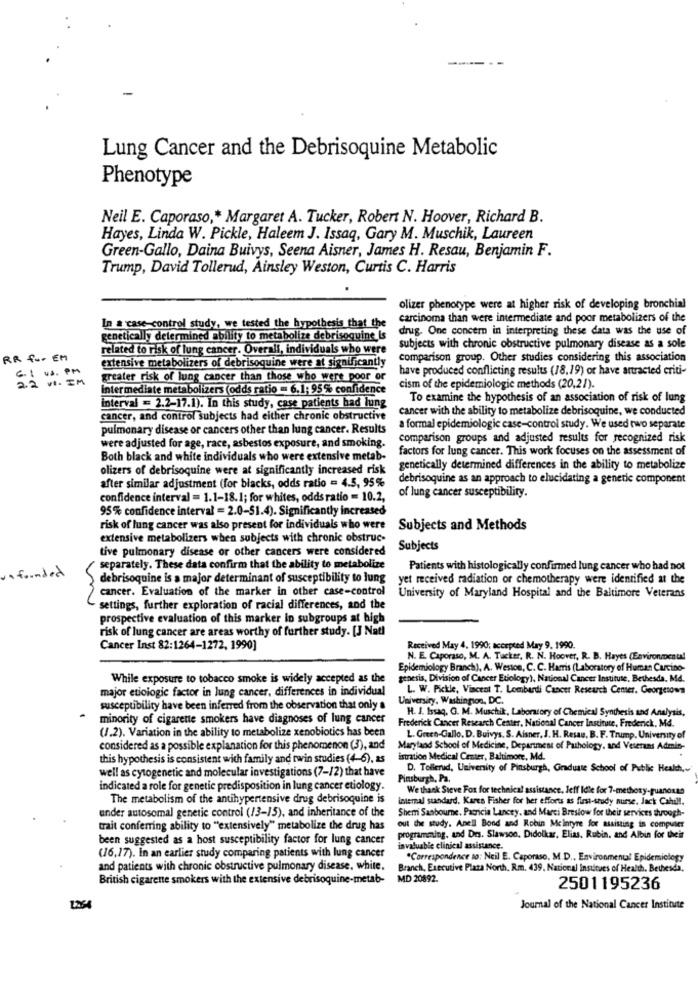
Lung Cancer and the Debrisoquine Metabolic
Phenotype
Neil E. Caporaso ,* Margaret A. Tucker, Robert N. Hoover, Richard B.
Hayes, Linda W. Pickle, Haleem J. Issaq, Gary M. Muschik, Laureen
Green-Gallo, Daina Buivys, Seena Aisner, James H. Resau, Benjamin F.
Trump, David Tollerud, Ainsley Weston, Curtis C. Harris
olizer phenotype were at higher risk of developing bronchial
carcinoma than were intermediate and poor metabolizers of the
In & case-control study, we tested the hypothesis that the
drug. One concern in interpreting these data was the use of
genetically determined ability to metabolize debrisoquine is
related to risk of lung cancer. Overall, individuals who were
subjects with chronic obstructive pulmonary disease as a sole
RR for EM
extensive metabolizers of debrisoquine were at significantly
comparison group. Other studies considering this association
have produced conflicting results (18,19) or have attracted criti-
2.2 VI . IM
C: us. PM
greater risk of lung cancer than those who were poor or
Intermediate metabolizers (odds ratio = 6.1; 95 % confidence
cism of the epidemiologic methods (20,21).
To examine the hypothesis of an association of risk of lung
interval = 2.2-17.1). In this study, case patients had lung
cancer with the ability to metabolize debrisoquine, we conducted
cancer, and control subjects had either chronic obstructive
pulmonary disease or cancers other than lung cancer. Results
a formal epidemiologic case-control study. We used two separate
comparison groups and adjusted results for recognized risk
were adjusted for age, race, asbestos exposure, and smoking.
factors for lung cancer. This work focuses on the assessment of
Both black and white individuals who were extensive metab-
olizers of debrisoquine were at significantly increased risk
genetically determined differences in the ability to metabolize
after similar adjustment (for blacks, odds ratio = 4.5, 95%
debrisoquine as an approach to elucidating a genetic component
of lung cancer susceptibility.
confidence interval = 1.1-18.1; for whites, odds ratio = 10.2,
95% confidence interval = 2.0-51.4). Significantly increased
risk of lung cancer was also present for individuals who were
Subjects and Methods
extensive metabolizers when subjects with chronic obstruc-
tive pulmonary disease or other cancers were considered
Subjects
. founded
separately. These data confirm that the ability to metabolize
Patients with histologically confirmed lung cancer who had not
debrisoquine is a major determinant of susceptibility to lung
yet received radiation or chemotherapy were identified at the
cancer. Evaluation of the marker in other case-control
University of Maryland Hospital and the Baltimore Veterans
settings, further exploration of racial differences, and the
prospective evaluation of this marker in subgroups at high
risk of lung cancer are areas worthy of further study. [J Natl
Cancer Inst 82:1264-1272, 1990]
Received May 4, 1990; accepted May 9, 1990.
N. E. Caporaso, M. A. Tucker, R. N. Hoover, R. B. Hayes (Environmental
Epidemiology Branch), A. Weston, C. C. Harris (Laboratory of Human Cucino-
While exposure to tobacco smoke is widely accepted as the
genesis, Division of Cancer Etiology), National Cancer Institute, Bethesda. Md.
major etiologic factor in lung cancer, differences in individual
L. W. Pickie, Vincent T. Lombardi Cancer Research Center. Georgetown
University, Washington, DC.
susceptibility have been inferred from the observation that only a
H. J. Issaq. G. M. Muschik, Laboratory of Chemical Synthesis and Analysis,
minority of cigarette smokers have diagnoses of lung cancer
Frederick Cancer Research Center, National Cancer Institute, Frederick, MA.
(/.2). Variation in the ability to metabolize xenobiotics has been
L. Green-Gallo. D. Buivys. S. Aisner, J. H. Resau, B. F. Trump, University of
considered as a possible explanation for this phenomenon (3), and
Maryland School of Medicine, Department of Pathology, and Veterans Admin-
this hypothesis is consistent with family and twin studies (4-6), as
istration Medical Center, Baltimore, Md.
well as cytogenetic and molecular investigations (7-/2) that have
D. Tollerud, University of Pinsburgh, Graduate School of Public Health,
Pinsburgh, Pa.
indicated a role for genetic predisposition in lung cancer etiology.
We thank Steve Fox for technical assistance, Jeff Idle for 7-methoxy-puanonan
The metabolism of the antihypertensive drug debrisoquine is
internal sundard. Kares Fisher for her efforts as first-study nurse, Jack Cahill.
under autosomal genetic control (/3-/5), and inheritance of the
Shem Sanbourne. Patricia Lancey, and Marci Breslow for their services tuough-
trait conferring ability to "extensively" metabolize the drug has
out the study. Anell Bond and Robin Mcintyre for assisting in computer
been suggested as a host susceptibility factor for lung cancer
programming, and Des. Slawson, Didolkar, Elias, Rubin, and Albin for their
invaluable clinical assistance.
(16,17). In an earlier study comparing patients with lung cancer
"Correspondence so: Neil E. Caporaso. M.D ., Environmental Epidemiology
and patients with chronic obstructive pulmonary disease. white.
Branch, Executive Plaza North, Rm. 439, National institues of Health, Bethesda.
British cigarene smokers with the extensive debrisoquine-metab-
MD 20892.
2501195236
Journal of the National Cancer Institute